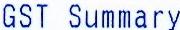
GST SUMMARY